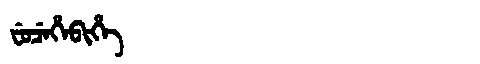
Manchu: ᠸᡠᠴᡝᡥᡝᠪᡳᡥᡝ
Romanization: FUCEHEBIHE